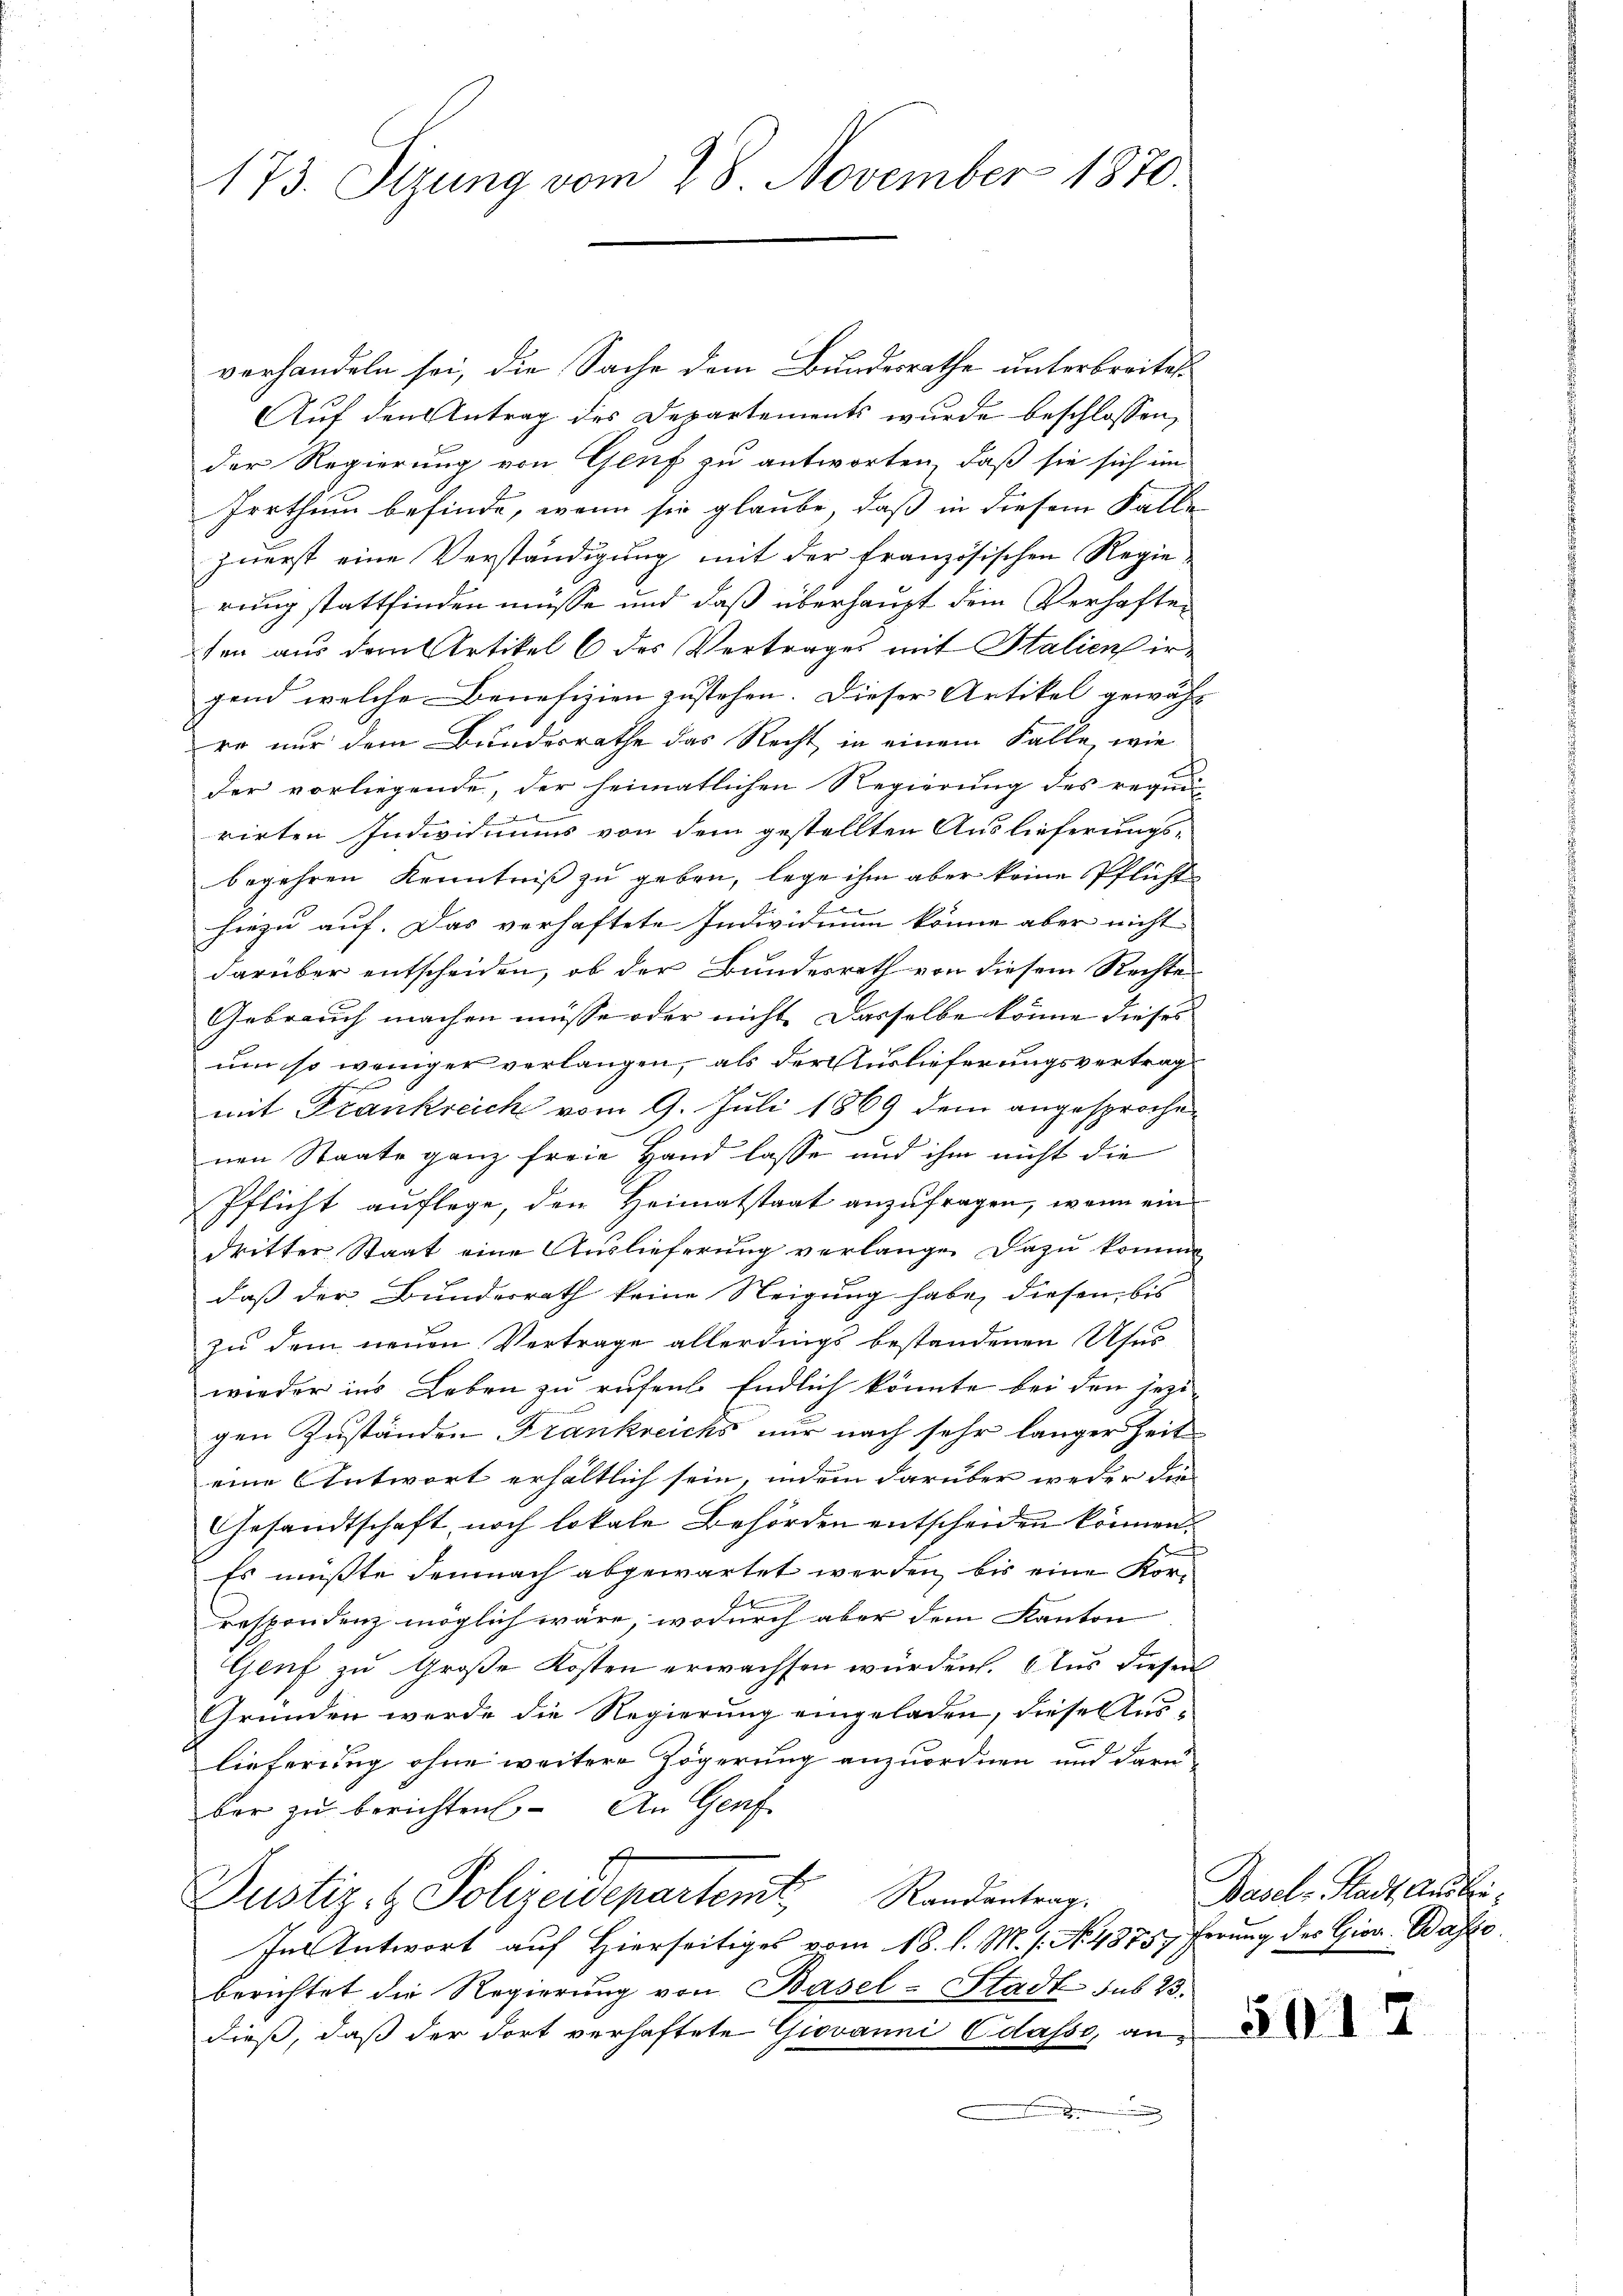
173. Sizung vom 28. November 1870.

verhandeln sei, die Sache dem Bundesrathe unterbreite¬
Auf den Antrag des Departements wurde beschlossen,
der Regierung von Genf zu antworten, daß sie sich im
Irrthum befinde, wenn sie glaube, daß in diesem Falle
zuerst eine Verständigung mit der französischen Regie
rung stattfinden müsse und daß überhaupt dem Verhaften
ten aus dem Artikel 6 des Vertrages mit Stalien irgend welche Benefizien zustehen. Dieser Artikel gewähl
re nur dem Bundesrathe das Recht in einem Falle wie
der vorliegende, der heimatlichen Regierung des requi-
de
E
rirten Individuums von dem gestellten Auslieferungsbegehren Kenntniß zu geben, lege ihm aber keine Pflichthiezu auf. Das verhaftete Individium könne aber nicht
darüber entscheiden, ob der Bundesrath von diesem Rechte
Gebrauch machen müsse oder nicht. Dasselbe könne dieses
um so weniger verlangen, als der Auslieferungsvertrag
mit Frankreich vom 9. Juli 1869 dem angesprochenen Staate ganz freie Hand lasse und ihm nicht die
Pflicht auflege, den Heimatstaat anzufragen, wenn ein
dritter Staat eine Auslieferung verlangen dazu kommt
daß der Bundesrath keine Neigung habe, diesen bis
zu dem neuen Vertrage allerdings bestandenen Usus
wieder ins Leben zu rufen. Endlich könnte bei den jezi-
gen Zuständen Frankreichs nur nach sehr langer Zeit
eine Antwort erhältlich sein, indem darüber weder die
Gesandtschaft, noch lokale Behörden entscheiden können.
Es müßte demnach abgewartet werden, bis eine Kor-
respondenz möglich wäre, wodurch aber dem Kanton
Genf zu Große Kosten erwachsen würden. Aus diesen
Gründen werde die Regierung eingeladen, dieser Auslieferung ohne weitere Zögerung anzuordnen und darüber zu berichten. An Genf
Justiz & Polizeidepartemt Randantrag
In Antwort auf Hierseitiges vom 18. d. M. s. No. 4875, Perung des Gien- Waste
berichtet die Regierung von Basel-Stadt sub 23.
dieß, daß der dort verhaftete Giovanni Odasso, an¬
.

Basel-Stadt Ausbi

51

t